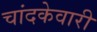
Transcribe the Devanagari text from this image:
चांदकेवारी